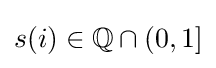
s(i)\in \mathbb {Q} \cap (0,1]